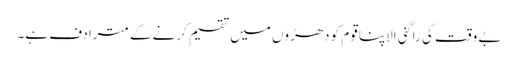
بے وقت کی راگنی الاپنا قوم کو دھڑوں میں تقسیم کرنے کے مترادف ہے۔